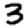
Digit: 3